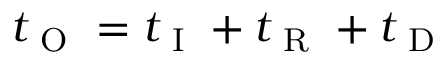
t _ { \mathrm { ~ O ~ } } = t _ { \mathrm { ~ I ~ } } + t _ { \mathrm { ~ R ~ } } + t _ { \mathrm { ~ D ~ } }